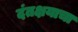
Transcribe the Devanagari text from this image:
दंतक्षयाचा